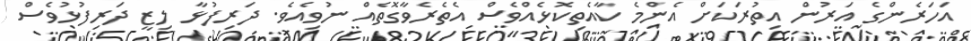
އަހަރެންގެ އަރުން އިތުރަކަށް އެންމެ ކާއެތިކޮޅެއްވެސް އެތެރެވާގޮތެއް ނުވިއެވެ. ދަރިފުޅާ ލިޒީ ދަރިފުޅުވެސް